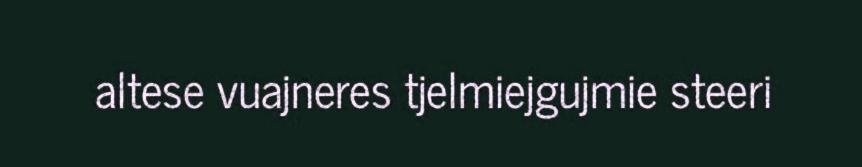
altese vuajneres tjelmiejgujmie steeri